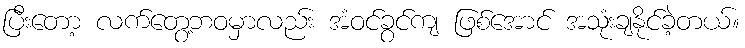
ပြီးတော့ လက်တွေ့ဘဝမှာလည်း အံဝင်ခွင်ကျ ဖြစ်အောင် အသုံးချနိုင်ခဲ့တယ်။